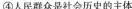
④人民群众是社会历史的主体